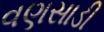
વણસાડી